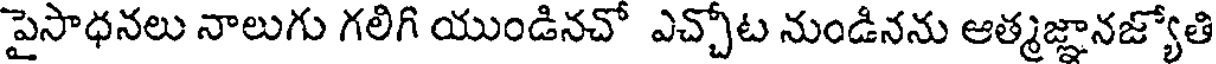
పైసాధనలు నాలుగు గలిగి యుండినచో ఎచ్చోట నుండినను ఆత్మజ్ఞానజ్యోతి